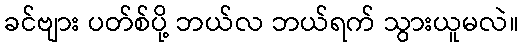
ခင်ဗျား ပတ်စ်ပို့ ဘယ်လ ဘယ်ရက် သွားယူမလဲ။